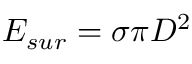
{ { E } _ { s u r } } = \sigma \pi { { D } ^ { 2 } }